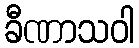
ခီဏာသဝါ